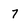
Character: 7